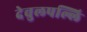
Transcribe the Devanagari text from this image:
देवुलपल्लि